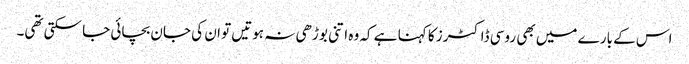
اس کے بارے میں بھی روسی ڈاکٹرز کا کہنا ہے کہ وہ اتنی بوڑھی نہ ہوتیں تو ان کی جان بچائی جا سکتی تھی۔